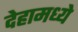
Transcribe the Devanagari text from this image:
देहामध्ये